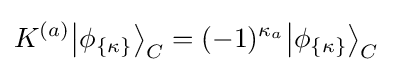
K^{(a)}{\left|\phi _{\{\kappa \}}\right\rangle _{C}}=(-1)^{\kappa _{a}}{\left|\phi _{\{\kappa \}}\right\rangle _{C}}